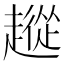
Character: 𧽵